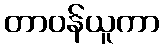
တာဝန်ယူကာ